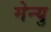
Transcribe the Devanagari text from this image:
मेन्‍यु